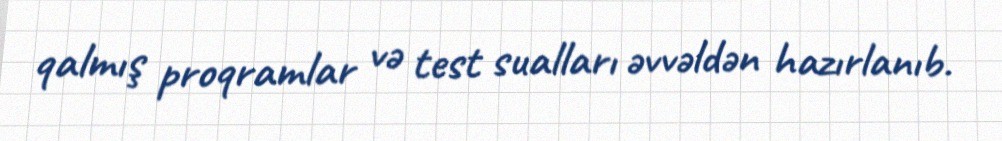
qalmış proqramlar və test sualları əvvəldən hazırlanıb.